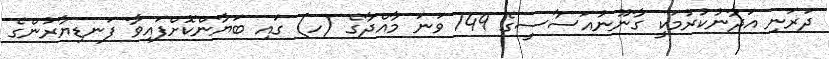
ދަރަނި އަދާނުކުރުމަކީ ގާނޫނުއަސާސީގެ 149 ވަނަ މާއްދާގެ (ހ) ގައި ބަޔާންކޮށްފައިވާ ފަނޑިޔާރުންގެ